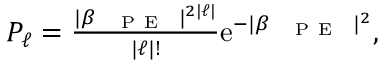
\begin{array} { r } { P _ { \ell } = \frac { | \beta _ { \mathrm { ~ \textsc ~ { ~ P ~ E ~ } ~ } } | ^ { 2 | \ell | } } { | \ell | ! } \mathrm { e } ^ { - | \beta _ { \mathrm { ~ \textsc ~ { ~ P ~ E ~ } ~ } } | ^ { 2 } } , } \end{array}